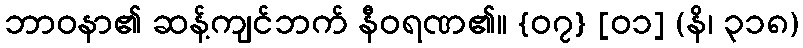
ဘာဝနာ၏ ဆန့်ကျင်ဘက် နီဝရဏ၏။ {၀၇} [၀၁] (နိ၊ ၃၁၈)